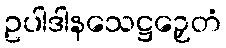
ဥပါဒါနသေဋ္ဌဉှေတံ